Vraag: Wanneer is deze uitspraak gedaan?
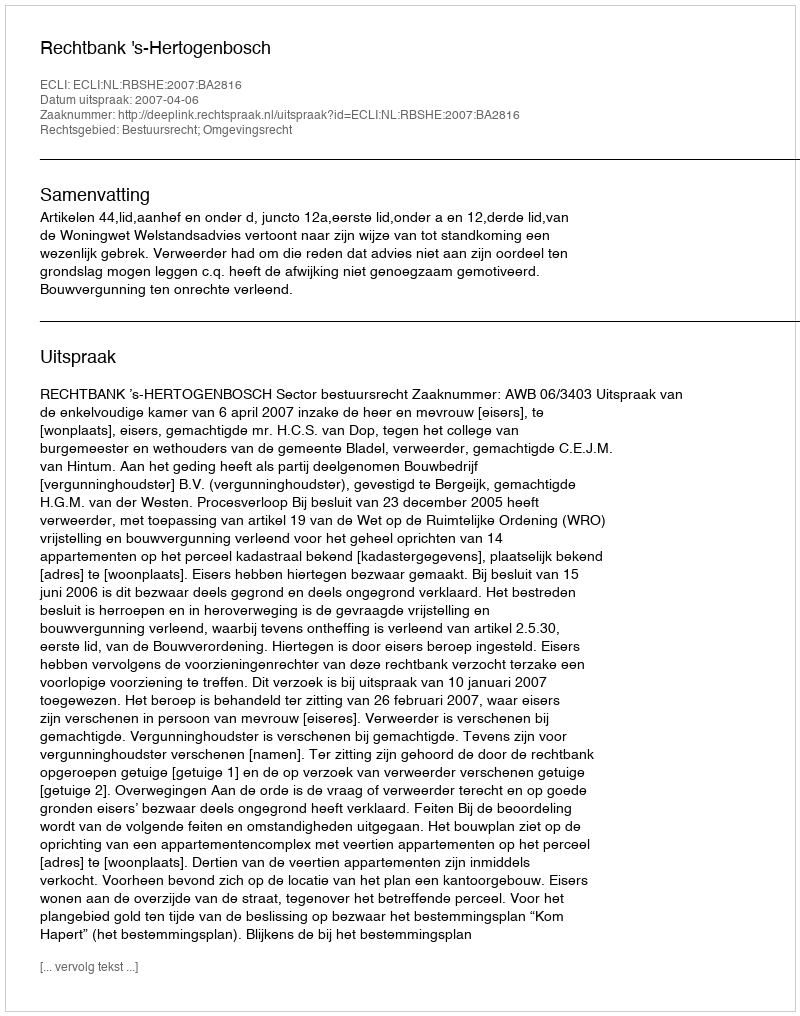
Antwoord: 2007-04-06